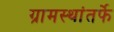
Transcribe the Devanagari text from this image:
ग्रामस्थांतर्फे